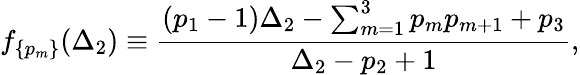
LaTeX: f_{\{ p_{m}\} }(\Delta_{2})\equiv\frac{(p_{1}-1)\Delta_{2}-\sum_{m=1}^{3}p_{m}p_{m+1}+p_{3}}{\Delta_{2}-p_{2}+1},